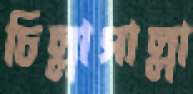
চিল্লাপাল্লা